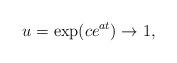
LaTeX: \begin{align*}u=\exp(ce^{at})\to 1,\end{align*}